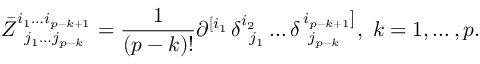
\bar { Z } _ { \; \; j _ { 1 } \ldots j _ { p - k } } ^ { i _ { 1 } \ldots i _ { p - k + 1 } } = \frac 1 { \left( p - k \right) ! } \partial _ { } ^ { \left[ i _ { 1 } \right. } \delta _ { \; \; j _ { 1 } } ^ { i _ { 2 } } \ldots \delta _ { \; \; j _ { p - k } } ^ { \left. i _ { p - k + 1 } \right] } , \; k = 1 , \ldots , p .